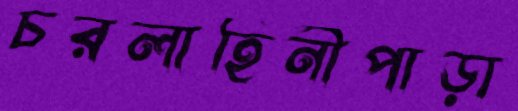
চরলাহিনীপাড়া